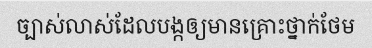
ច្បាស់លាស់ដែលបង្កឲ្យមានគ្រោះថ្នាក់ថែម